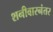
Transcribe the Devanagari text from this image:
शनीवारनंतर